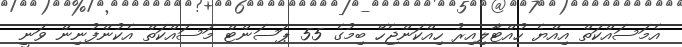
އެމަސައްކަތް އިއްޔެ ހުއްޓާލިއިރު ހިއްކަންޖެހޭ ބިމުގެ 55 ޕަސަންޓް މަސައްކަތް އެކުންފުނިން ވަނީ